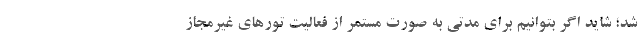
شد؛ شاید اگر بتوانیم برای مدتی به صورت مستمر از فعالیت تورهای غیرمجاز